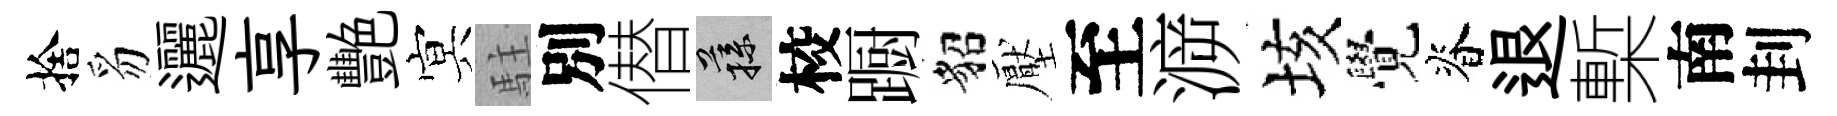
捨豸邐享艷㝠駐別僣蓀校蹰貂壓至㴑垓覺脊退槧南刲